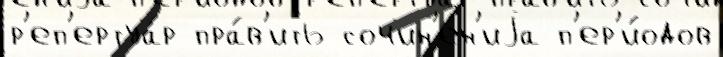
р'еп'ертуа́р пра́в'ить сочин'е́н'иjа п'ер'и́одов